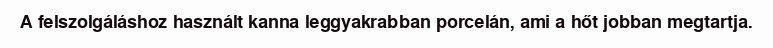
A felszolgáláshoz használt kanna leggyakrabban porcelán, ami a hőt jobban megtartja.